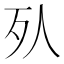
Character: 𣦹